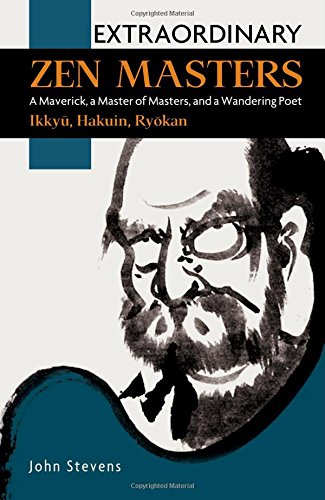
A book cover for Extraordinary Zen Masters: A Maverick, a Master of Masters, and a Wandering Poet; John Stevens; Religion & Spirituality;